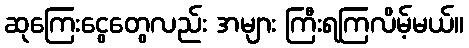
ဆုကြေးငွေတွေလည်း အများ ကြီးရကြလိမ့်မယ်။